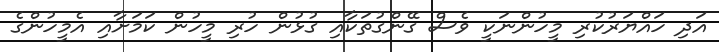
އަދި ހައްޔަރުކުރި މީހުންނަކީ ވެސް ގޭންގުތަކާއި ގުޅުން ހުރި މީހުން ކަމަށާއި އެމީހުންގެ